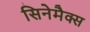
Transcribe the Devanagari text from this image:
सिनेमैक्स